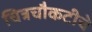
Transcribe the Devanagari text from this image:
चित्रचौकटीचे